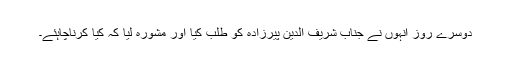
دوسرے روز انہوں نے جناب شریف الدین پیرزادہ کو طلب کیا اور مشورہ لیا کہ کیا کرناچاہئے۔